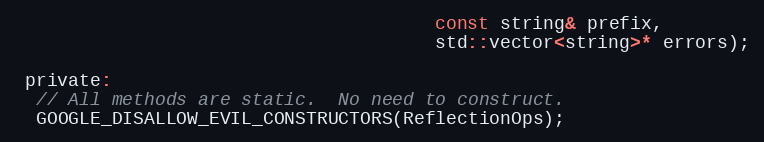
Language: C
                                       const string& prefix,
                                       std::vector<string>* errors);

 private:
  // All methods are static.  No need to construct.
  GOOGLE_DISALLOW_EVIL_CONSTRUCTORS(ReflectionOps);